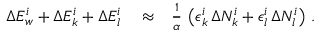
\begin{array} { r l r } { \Delta E _ { w } ^ { i } + \Delta E _ { k } ^ { i } + \Delta E _ { l } ^ { i } } & { { } \approx } & { \frac { 1 } { \alpha } \, \left( \epsilon _ { k } ^ { i } \, \Delta N _ { k } ^ { i } + \epsilon _ { l } ^ { i } \, \Delta N _ { l } ^ { i } \right) \, . } \end{array}